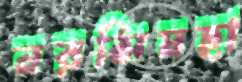
নরসিমহা